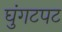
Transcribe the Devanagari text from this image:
घुंगटपट